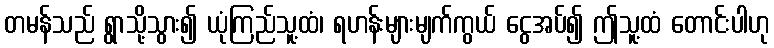
တမန်သည် ရွာသို့သွား၍ ယုံကြည်သူ့ထံ၊ ရဟန်းများမျက်ကွယ် ငွေအပ်၍ ဤသူ့ထံ တောင်းပါဟု